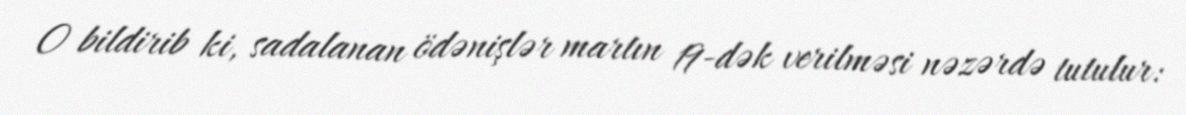
O bildirib ki, sadalanan ödənişlər martın 19-dək verilməsi nəzərdə tutulur: